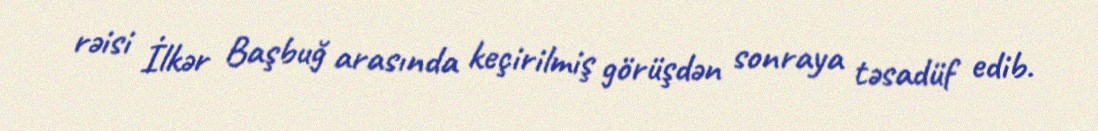
rəisi İlkər Başbuğ arasında keçirilmiş görüşdən sonraya təsadüf edib.